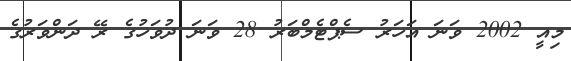
މިއީ 2002 ވަނަ އަހަރު ސެޕްޓެމްބަރު 28 ވަނަ ދުވަހުގެ ރޭ ދަންވަރުގެ